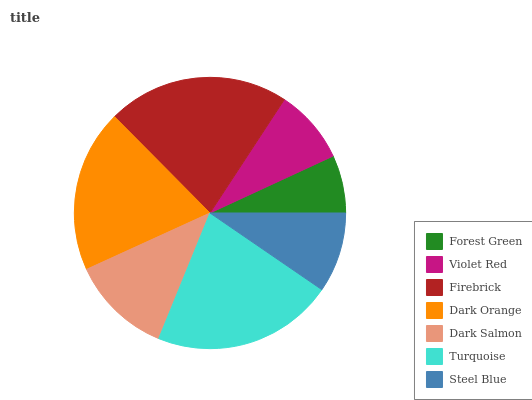
| Forest Green | Violet Red | Firebrick | Dark Orange | Dark Salmon | Turquoise | Steel Blue |
 | --- | --- | --- | --- | --- | --- | --- |
 | 6.89% | 8.88% | 21.6% | 19.4% | 12% | 21.6% | 9.56% |